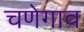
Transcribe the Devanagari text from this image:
चणेगाव